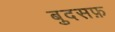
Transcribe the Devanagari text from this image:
बुदसफ़